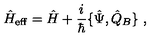
\hat { H } _ { \mathrm { e f f } } = \hat { H } + \frac { i } { \hbar } \{ \hat { \Psi } , \hat { Q } _ { B } \} \ ,